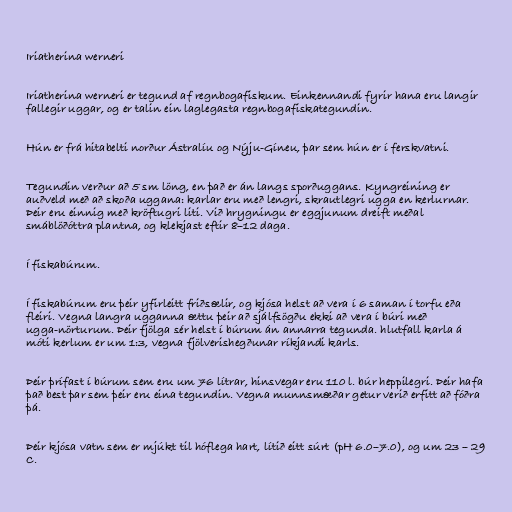
Iriatherina werneri

Iriatherina werneri er tegund af regnbogafiskum. Einkennandi fyrir hana eru langir
fallegir uggar, og er talin ein laglegasta regnbogafiskategundin.

Hún er frá hitabelti norður Ástralíu og Nýju-Gíneu, þar sem hún er í ferskvatni.

Tegundin verður að 5 sm löng, en það er án langs sporðuggans. Kyngreining er
auðveld með að skoða uggana: karlar eru með lengri, skrautlegri ugga en kerlurnar.
Þeir eru einnig með kröftugri liti. Við hrygningu er eggjunum dreift meðal
smáblöðóttra plantna, og klekjast eftir 8–12 daga.

Í fiskabúrum.

Í fiskabúrum eru þeir yfirleitt friðsælir, og kjósa helst að vera í 6 saman í torfu eða
fleiri. Vegna langra ugganna ættu þeir að sjálfsögðu ekki að vera í búri með
ugga-nörturum. Þeir fjölga sér helst í búrum án annarra tegunda. hlutfall karla á
móti kerlum er um 1:3, vegna fjölverishegðunar ríkjandi karls.

Þeir þrífast í búrum sem eru um 76 lítrar, hinsvegar eru 110 l. búr heppilegri. Þeir hafa
það best þar sem þeir eru eina tegundin. Vegna munnsmæðar getur verið erfitt að fóðra
þá.

Þeir kjósa vatn sem er mjúkt til hóflega hart, lítið eitt súrt (pH 6.0–7.0), og um 23 – 29
C.